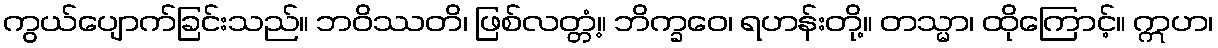
ကွယ်ပျောက်ခြင်းသည်။ ဘဝိဿတိ၊ ဖြစ်လတ္တံ့။ ဘိက္ခဝေ၊ ရဟန်းတို့။ တသ္မာ၊ ထိုကြောင့်။ ဣဟ၊